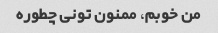
من خوبم، ممنون تونی چطوره